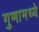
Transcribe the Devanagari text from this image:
गुणामध्ये